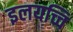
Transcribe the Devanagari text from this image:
इलयच्चि